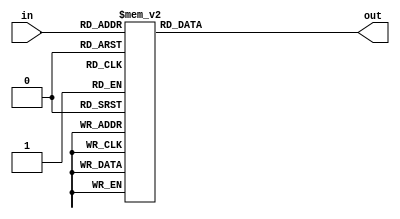
module hexdigit (
    input 		 	[3:0]	in,
    output reg 	[6:0]	out
	 );

    always @(*) begin
		case (in)
		4'b0000: out = 7'b1000000;
		4'b0001: out = 7'b1111001;
		4'b0010: out = 7'b0100100;
	    4'b0011: out = 7'b0110000;
		4'b0100: out = 7'b0011001;
		4'b0101: out = 7'b0010010;
		4'b0110: out = 7'b0000010;
		4'b0111: out = 7'b1111000;
		4'b1000: out = 7'b0000000;
		4'b1001: out = 7'b0010000;
		4'b1010: out = 7'b0001000;
		4'b1011: out = 7'b0000011;
		4'b1100: out = 7'b1000110;
		4'b1101: out = 7'b0100001;
		4'b1110: out = 7'b0000110;
		4'b1111: out = 7'b0001110;
		endcase
	end
endmodule